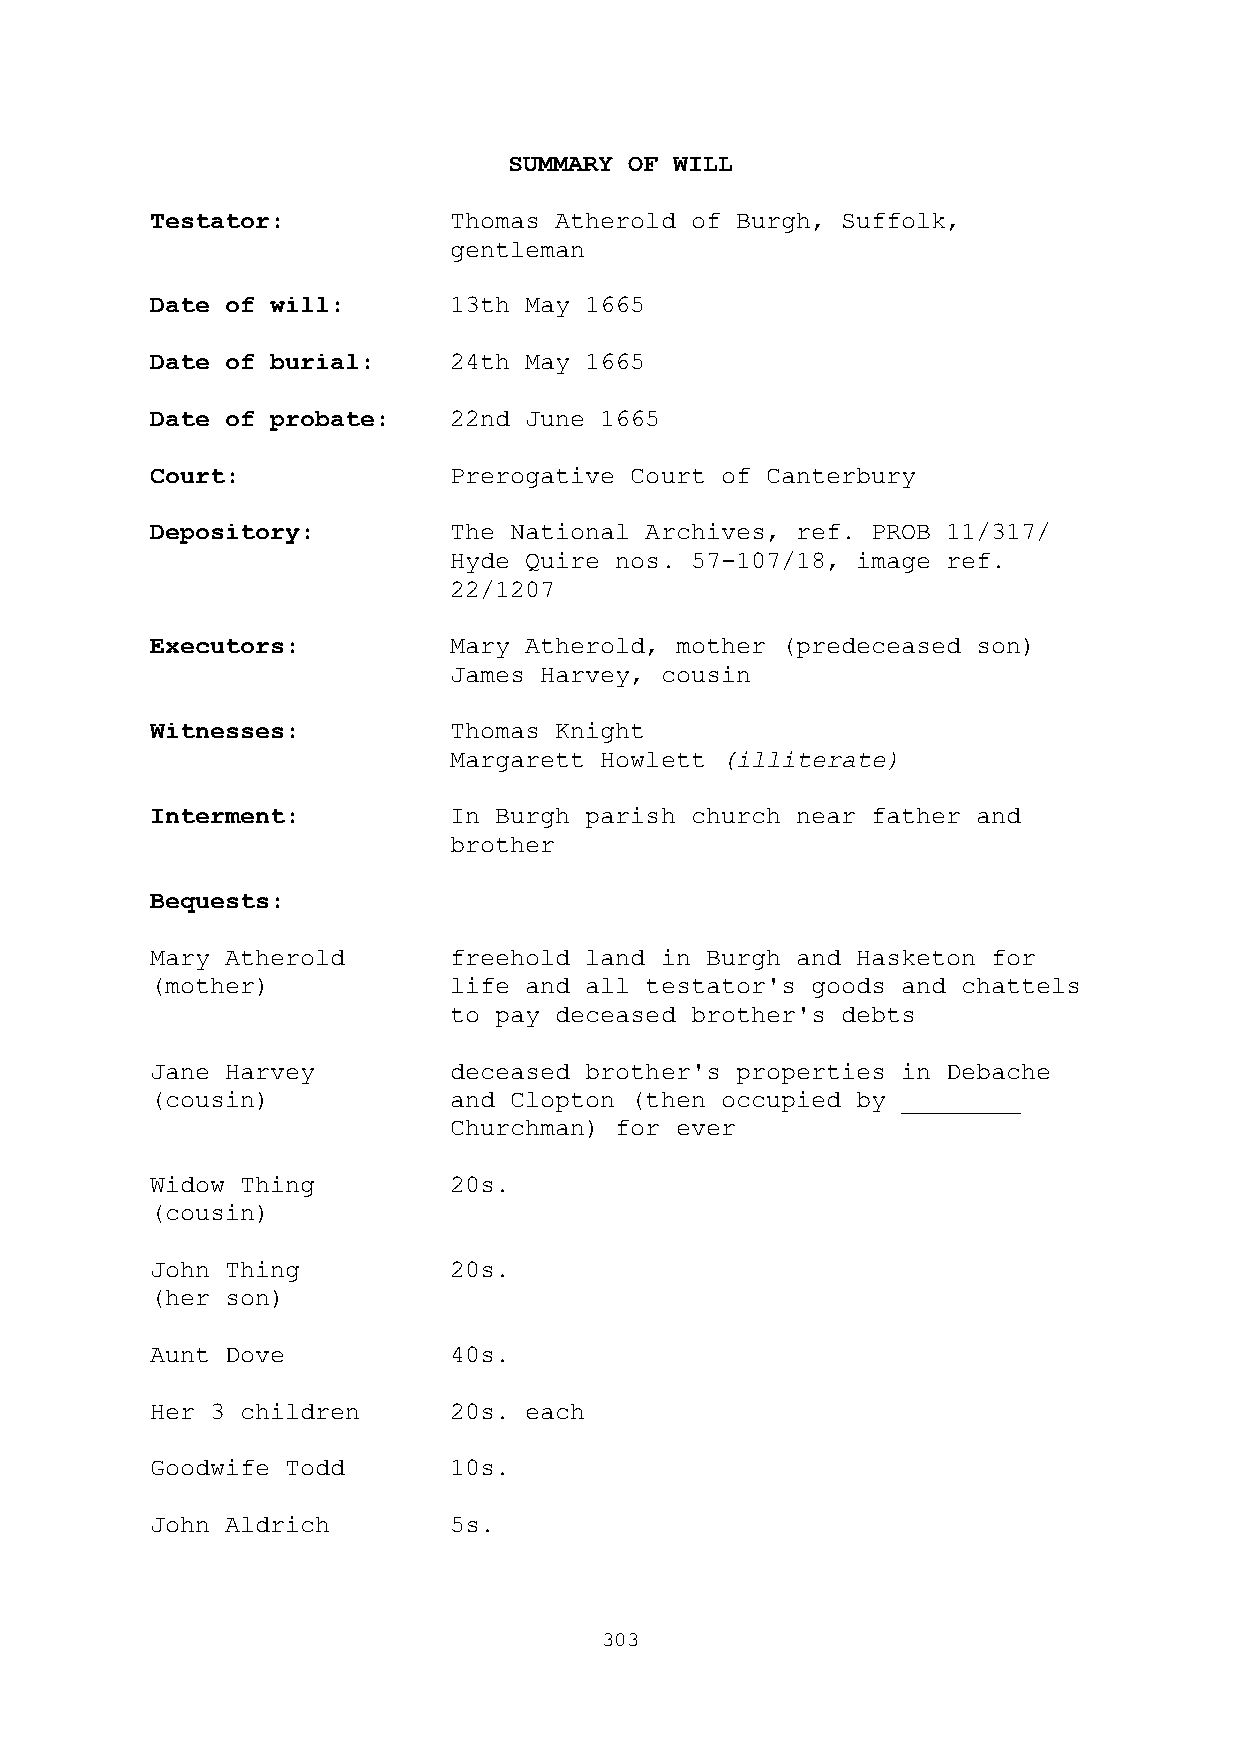
SUMMARY OF WILL
 Testator:           Thomas Atherold of Burgh, Suffolk,
 gentleman
 Date of will:       13th May 1665
 Date of burial:     24th May 1665
 Date of probate:    22nd June 1665
 Court:              Prerogative Court of Canterbury
 Depository:         The National Archives, ref. PROB 11/317/
 Hyde Quire nos. 57-107/18, image ref.
 22/1207
 Executors:          Mary Atherold, mother (predeceased son)
 James Harvey, cousin
 Witnesses:          Thomas Knight
 Margarett Howlett (illiterate)
 Interment:          In Burgh parish church near father and
 brother
 Bequests:
 Mary Atherold       freehold land in Burgh and Hasketon for
 (mother)            life and all testator's goods and chattels
 to pay deceased brother's debts
 Jane Harvey         deceased brother's properties in Debache
 (cousin)            and Clopton (then occupied by ________
 Churchman) for ever
 Widow Thing         20s.
 (cousin)
 John Thing          20s.
 (her son)
 Aunt Dove           40s.
 Her 3 children      20s. each
 Goodwife Todd       10s.
 John Aldrich        5s.
 303